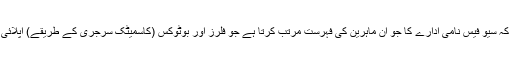
یہ کہنا ہے کہ سیو فیس نامی ادارے کا جو ان ماہرین کی فہرست مرتب کرتا ہے جو فلرز اور بوٹوکس (کاسمیٹک سرجری کے طریقے) اپلائی کرتے ہیں۔